画像に写った文字を読んでください
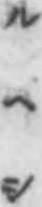
「ルヘシ」と書いてあります